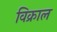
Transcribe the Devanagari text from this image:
विक्राल